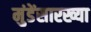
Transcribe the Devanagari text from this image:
मुंडेंसारख्या